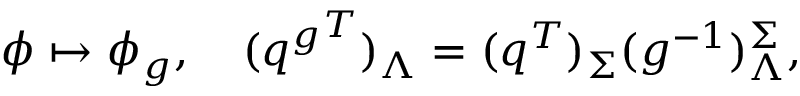
\phi \mapsto \phi _ { g } , \quad ( { q ^ { g } } ^ { T } ) _ { \Lambda } = ( q ^ { T } ) _ { \Sigma } ( g ^ { - 1 } ) _ { \Lambda } ^ { \Sigma } ,